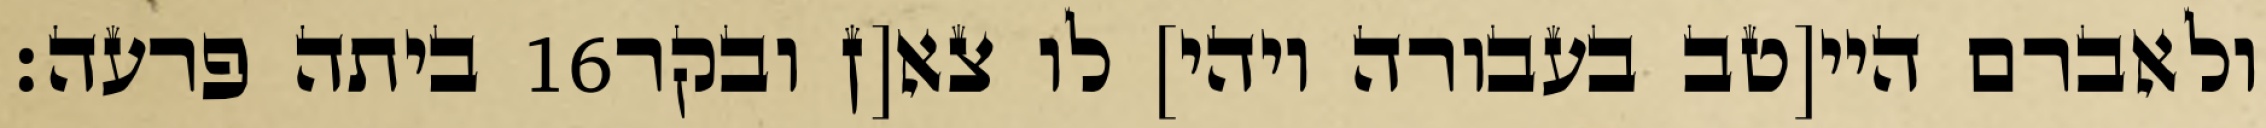
ביתה פרעה׃ ‎16‏ ולאברם היי[טב בעבורה ויהי] לו צא[ן ובקר